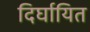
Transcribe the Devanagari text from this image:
दिर्घायित